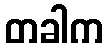
တခါက